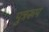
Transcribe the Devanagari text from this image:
पुत्ररूप